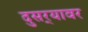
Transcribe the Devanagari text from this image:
दुसर्‍यावर